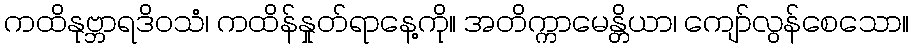
ကထိနုဗ္ဘာရဒိဝသံ၊ ကထိန်နှုတ်ရာနေ့ကို။ အတိက္ကာမေန္တိယာ၊ ကျော်လွန်စေသော။